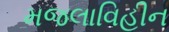
મજલાવિહીન